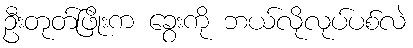
ဦးတုတ်ဖြိုးက ခွေးကို ဘယ်လိုလုပ်ပစ်လဲ